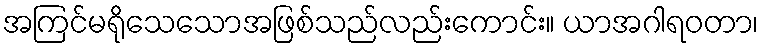
အကြင်မရိုသေသောအဖြစ်သည်လည်းကောင်း။ ယာအဂါရဝတာ၊